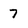
Character: 7